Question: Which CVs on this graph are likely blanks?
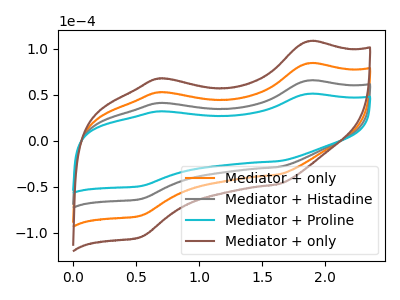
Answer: <think>The orange curve "Mediator + only" has anodic peaks at (1.85V, 130.70uA) (0.70V, 81.85uA) and cathodic peaks at (1.65V, -57.30uA) (0.55V, -127.15uA). The gray curve "Mediator + Histadine" has anodic peaks at (1.85V, 65.35uA) (0.70V, 40.90uA) and cathodic peaks at (1.65V, -28.65uA) (0.55V, -63.60uA). The cyan curve "Mediator + Proline" has anodic peaks at (1.85V, 50.85uA) (0.70V, 31.85uA) and cathodic peaks at (1.65V, -22.30uA) (0.55V, -49.45uA). The brown curve "Mediator + only" has anodic peaks at (1.85V, 196.05uA) (0.70V, 122.75uA) and cathodic peaks at (1.65V, -85.95uA) (0.55V, -190.75uA).</think>
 <answer>There are not any CV's on this graph that are likely to be blanks.</answer>
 <eval>none</eval>